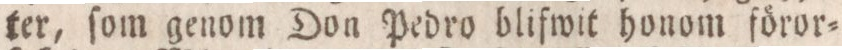
ter, ſom genom Don Pedro blifwit honom föror=